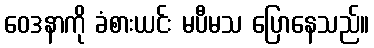
ဝေဒနာကို ခံစားယင်း မပီမသ ပြောနေသည်။